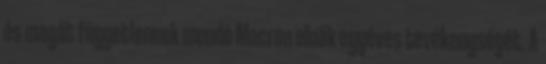
és magát függetlennek mondó Macron elnök egyéves tevékenységét. A